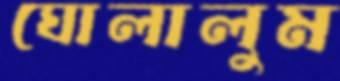
ঘোলালুম